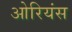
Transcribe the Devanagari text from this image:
ओरियंस